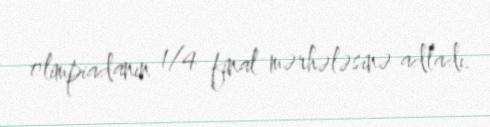
olimpiadanın 1/4 final mərhələsinə adladı.